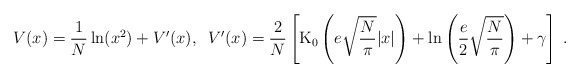
\begin{align*}V(x) = \frac{1}{N}\ln (x^2) + V^\prime(x) , \; \;V^\prime(x) = \frac{2}{N} \left[\mbox{K}_0\left(e\sqrt{\frac{N}{\pi}}|x|\right) +\ln\left(\frac{e}{2}\sqrt{\frac{N}{\pi}}\right) + \gamma \right] \; .\end{align*}